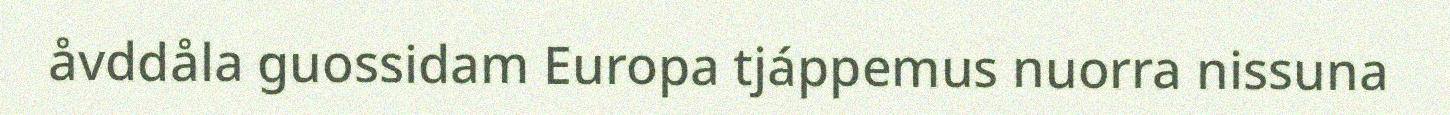
åvddåla guossidam Europa tjáppemus nuorra nissuna